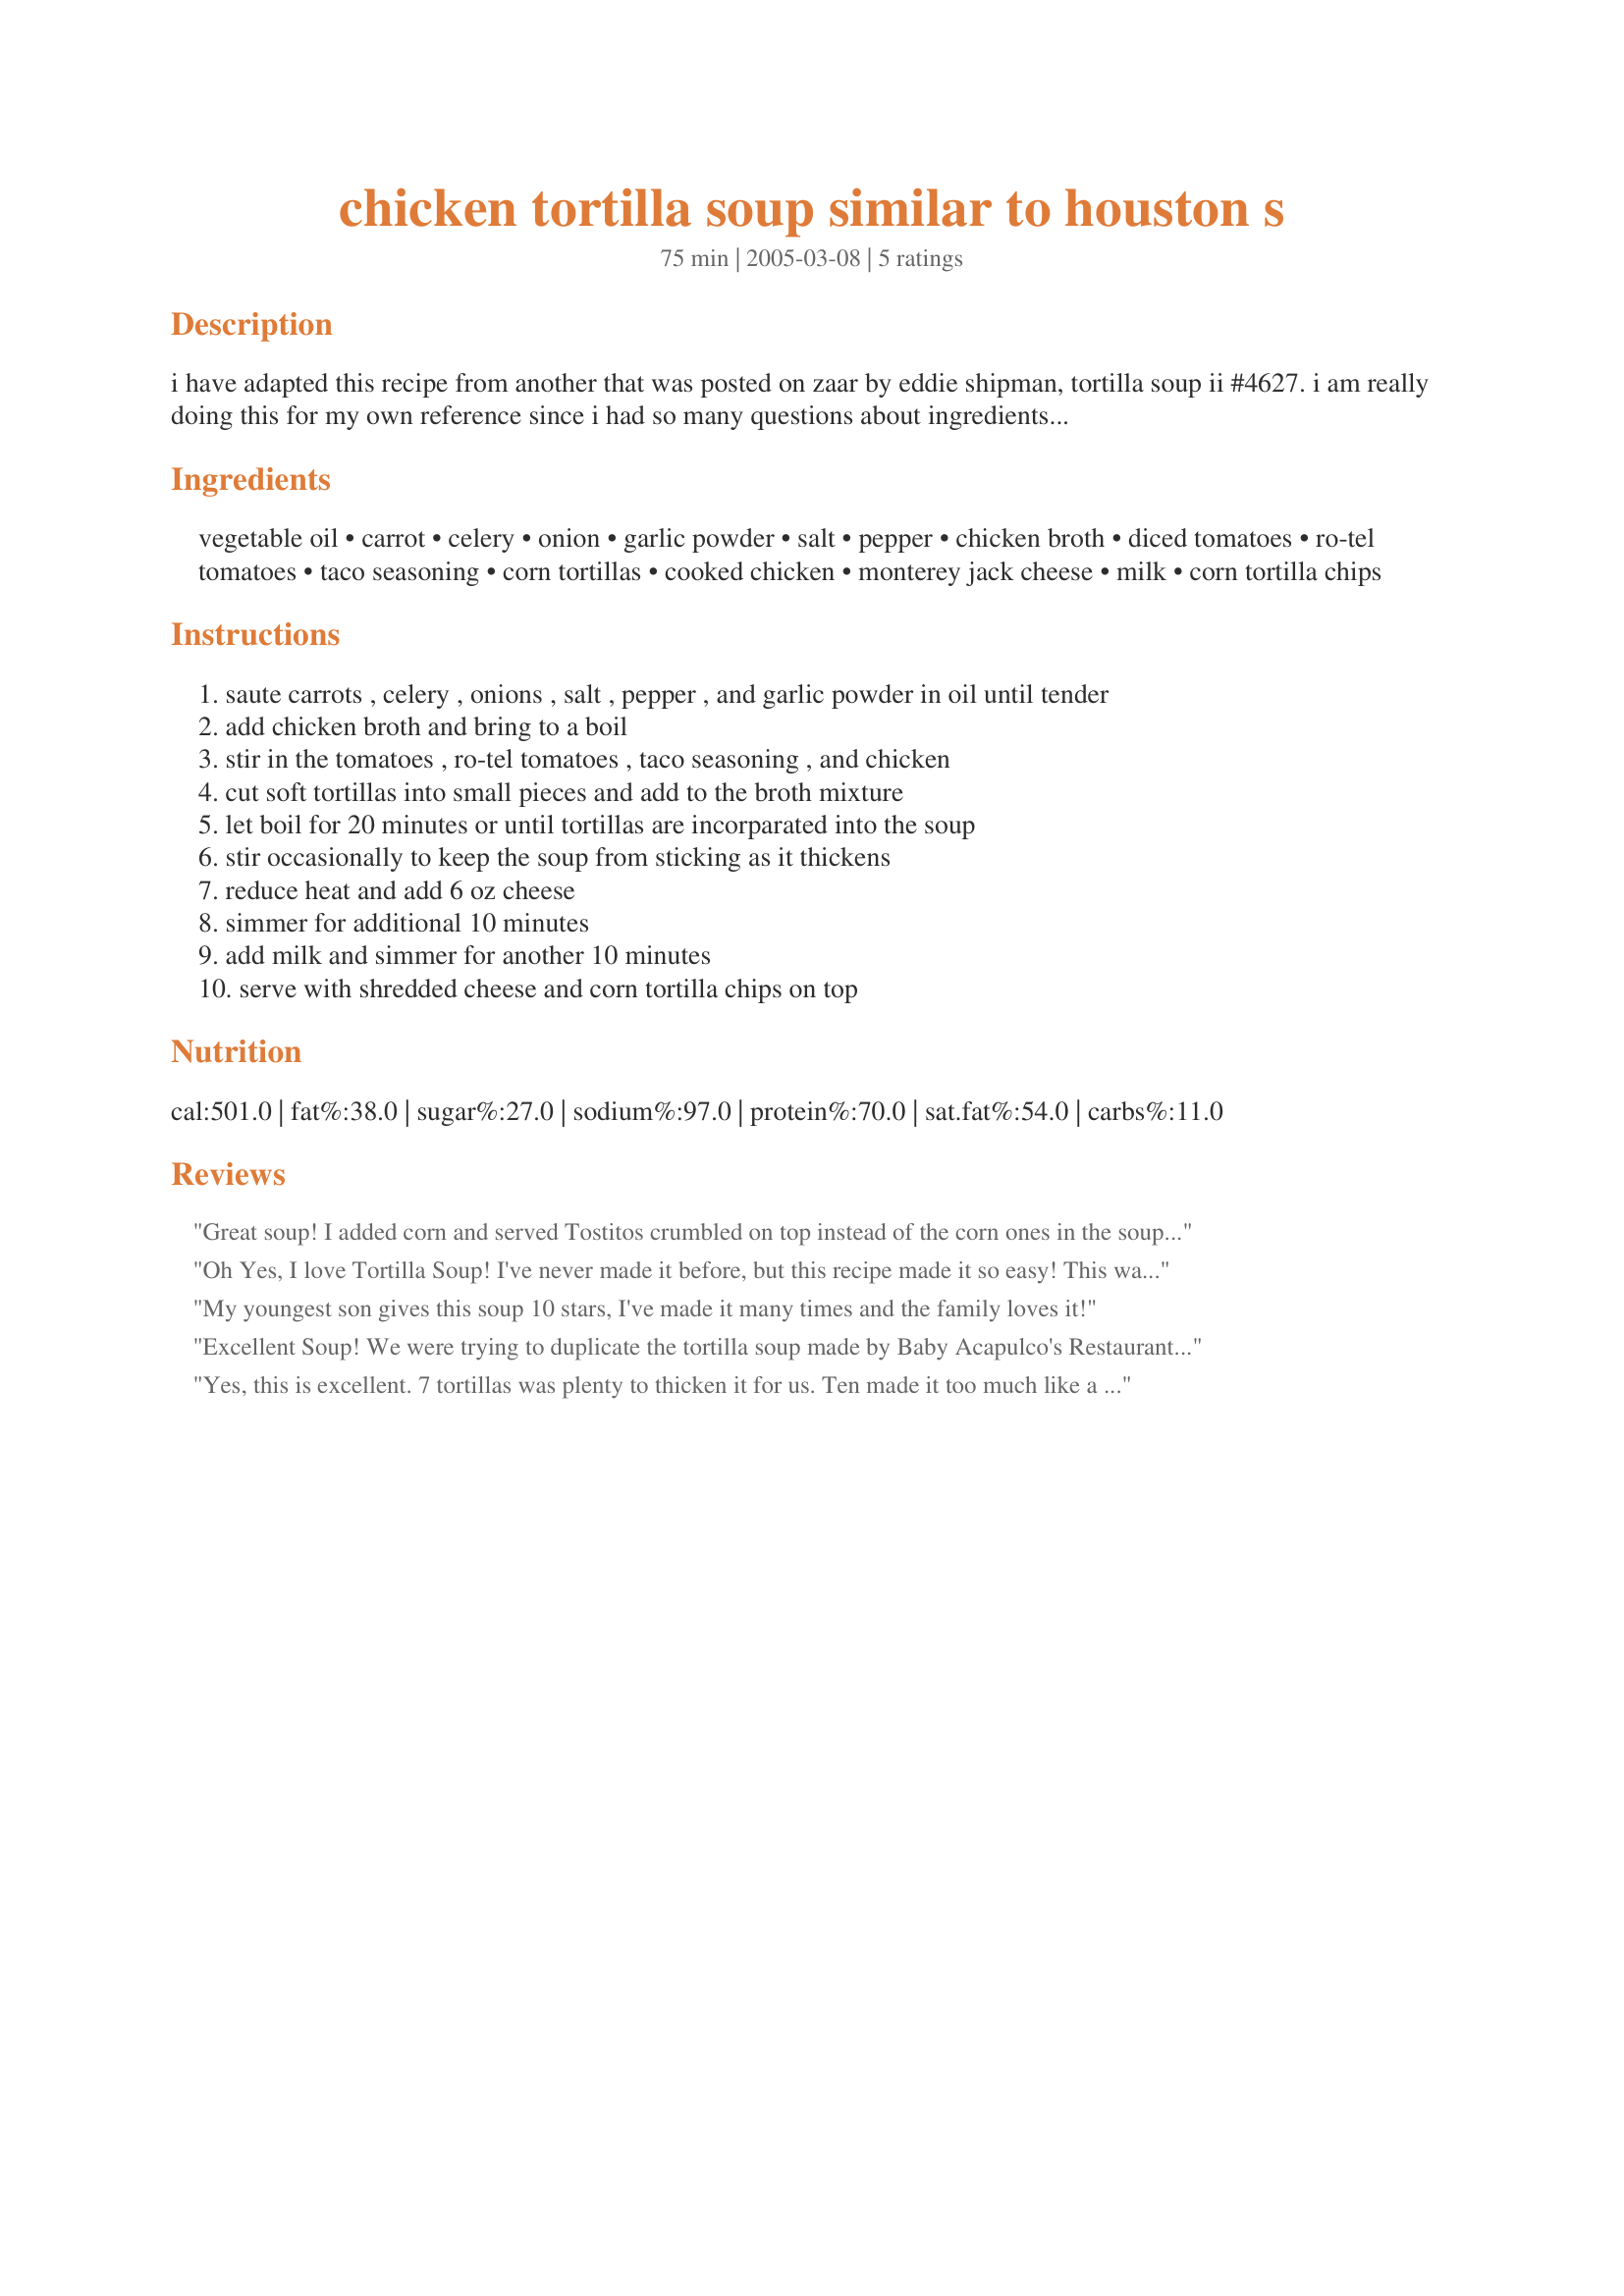
chicken tortilla soup similar to houston s
Preparation time: 75 minutes

i have adapted this recipe from another that was posted on zaar by eddie shipman, tortilla soup ii #4627. i am really doing this for my own reference since i had so many questions about ingredients and the directions. the original recipe said that it was like houston's tortilla soup. my parents, who are houston's regulars, said it was very close to the original.

Ingredients:
vegetable oil, carrot, celery, onion, garlic powder, salt, pepper, chicken broth, diced tomatoes, ro-tel tomatoes, taco seasoning, corn tortillas, cooked chicken, monterey jack cheese, milk, corn tortilla chips

Steps:
saute carrots , celery , onions , salt , pepper , and garlic powder in oil until tender
add chicken broth and bring to a boil
stir in the tomatoes , ro-tel tomatoes , taco seasoning , and chicken
cut soft tortillas into small pieces and add to the broth mixture
let boil for 20 minutes or until tortillas are incorparated into the soup
stir occasionally to keep the soup from sticking as it thickens
reduce heat and add 6 oz cheese
simmer for additional 10 minutes
add milk and simmer for another 10 minutes
serve with shredded cheese and corn tortilla chips on top

Reviews:
Great soup! I added corn and served Tostitos crumbled on top instead of the corn ones in the soup. I will have to try that next time though. I think I used too many tomatoes and I would probably cut the taco seasoning down to 1/2 or 3/4 of a packet next time to save on the sodium.
*update - I made this again with the tortillas in the soup and it was awesome! I halved the recipe and it was the perfect amount. Made my own taco seasoning and it was perfect. Only used the rotel with shredded chicken from the crock pot. I love tortilla soup!
Oh Yes, I love Tortilla Soup! I've never made it before, but this recipe made it so easy! This was so Good. Thanks for a keeper. The only thing I changed was that I added some cumin to the vegetables as I was cooking them, I didn't have any celery so I omitted and I had three cans of chicken broth and 1 if vegetable. It didn't mess up a thing in my book! Next time I will add a little less tomatoe and maybe some corn! I agree that you should start with 6-8 tortillas, as my soup was plenty thick after 6. Thanks again Elmolvsu.
My youngest son gives this soup 10 stars, I've made it many times and the family loves it!
Excellent Soup! We were trying to duplicate the tortilla soup made by Baby Acapulco's Restaurant in Texas...This was very close. We omitted the diced tomatoes and Ro-Tel tomatoes. Didn't use a whole packet of taco seasoning (about 2/3 packet). Only used 4 tortillas to thicken as my husband likes his soup thin. To top it at the end we added sliced avacado, deep fried corn tortilla strips, and a little more cheese. Accidentally forgot the milk...but didn't hurt the taste.
Yes, this is excellent. 7 tortillas was plenty to thicken it for us. Ten made it too much like a thick stew for our taste.I added a tsp of cumin, a half cup chopped cilantro, and a can of corn. I have also made it w/o the cheese and milk to save some big calories and it's still terrific!
